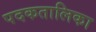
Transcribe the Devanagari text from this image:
पदकतालिका